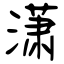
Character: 潇